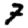
Digit: 7